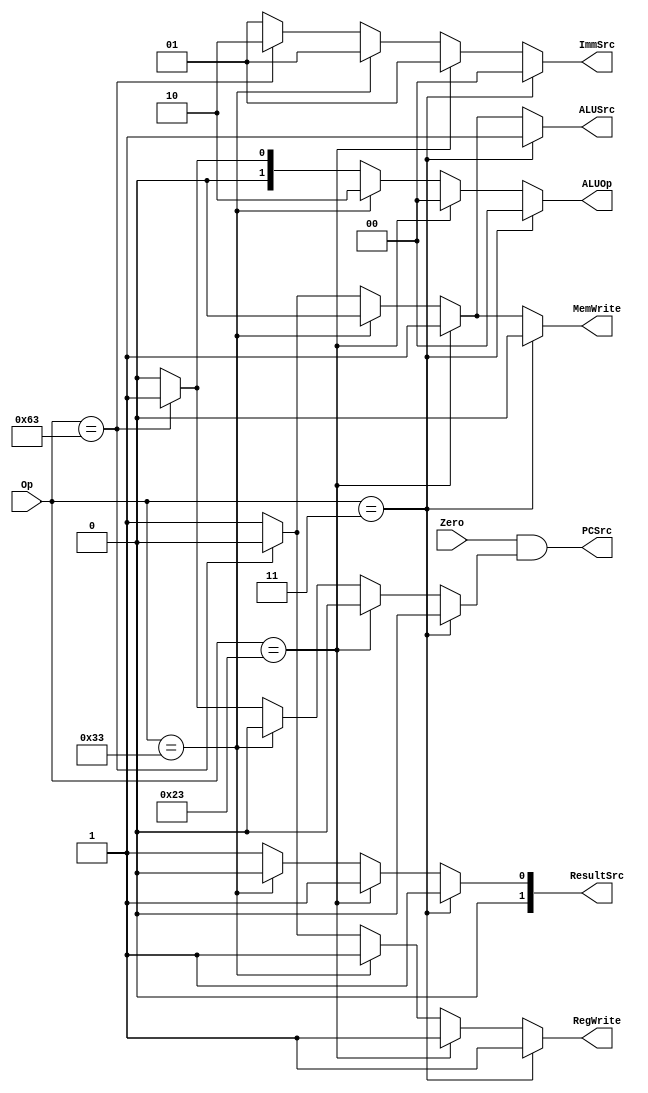
module MainDecoder(ALUOp,PCSrc,ResultSrc,MemWrite,ALUSrc,ImmSrc,RegWrite,Zero,Op);
input Zero;
input [6:0]Op;
output reg PCSrc,MemWrite,ALUSrc,RegWrite;
output reg [1:0]ResultSrc,ImmSrc,ALUOp;
always @(*) begin
  if(Op==7'd3) begin
    RegWrite = 1;
    ImmSrc = 2'b00;
    ALUSrc = 1;
    MemWrite = 0;
    ResultSrc = 1;
    Branch = 0;
    ALUOp = 2'b00; 
   end
  else if(Op==7'd35) begin
    RegWrite = 1;
    ImmSrc = 2'b01;
    ALUSrc = 1;
    MemWrite = 1;
    ResultSrc = 1;
    Branch = 0;
    ALUOp = 2'b00; 
   end
  else if(Op==7'd51) begin
    RegWrite = 1;
    ImmSrc = 2'b01;
    ALUSrc = 0;
    MemWrite = 0;
    ResultSrc = 0;
    Branch = 0;
    ALUOp = 2'b10; 
   end
  else if(Op==7'd99) begin
    RegWrite = 0;
    ImmSrc = 2'b10;
    ALUSrc = 0;
    MemWrite = 0;
    ResultSrc = 1;
    Branch = 1;
    ALUOp = 2'b01; 
   end
   else begin
    RegWrite = 1;
    ImmSrc = 2'b01;
    ALUSrc = 1;
    MemWrite = 1;
    ResultSrc = 1;
    Branch = 0;
    ALUOp = 2'b00; 
   end
   PCSrc = Zero & Branch;
end
endmodule